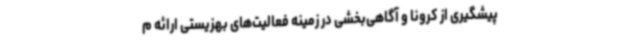
پیشگیری از کرونا و آگاهی‌بخشی در زمینه فعالیت‌های بهزیستی ارائه م